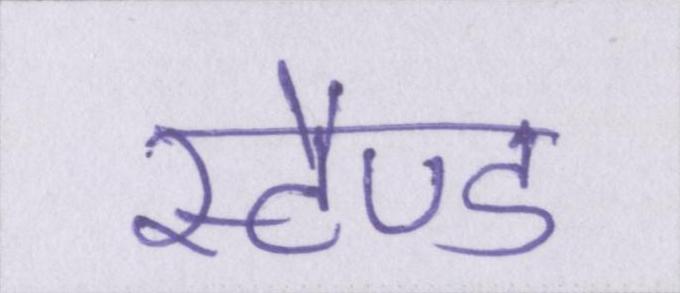
स्टैण्ड